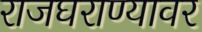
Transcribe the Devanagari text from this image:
राजघराण्यावर